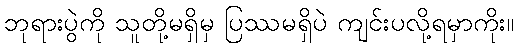
ဘုရားပွဲကို သူတို့မရှိမှ ပြဿမရှိပဲ ကျင်းပလို့ရမှာကိုး။